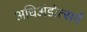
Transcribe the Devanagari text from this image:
अधिअंडोत्सर्ग